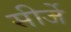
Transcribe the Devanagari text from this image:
सीर्जे